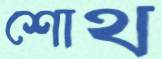
শোথ